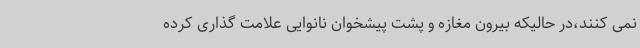
نمی کنند،در حالیکه بیرون مغازه و پشت پیشخوان نانوایی علامت گذاری کرده